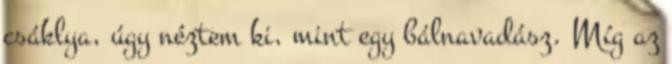
csáklya, úgy néztem ki, mint egy bálnavadász. Míg az